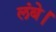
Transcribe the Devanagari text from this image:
लंबे।